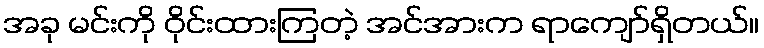
အခု မင်းကို ဝိုင်းထားကြတဲ့ အင်အားက ရာကျော်ရှိတယ်။